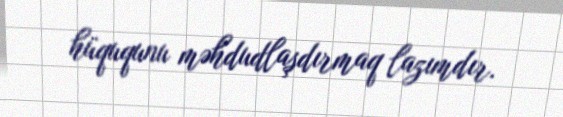
hüququnu məhdudlaşdırmaq lazımdır.